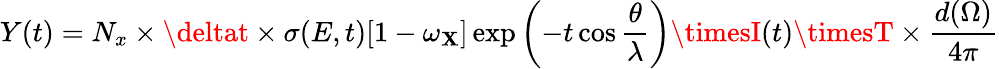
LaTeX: Y(t)=N_{x}\times\deltat\times\sigma(E,t)[1-\omega_{\mathbf{X}}]\exp\left(-t\cos{\frac{{\theta}}{{\lambda}}}\right)\timesI(t)\timesT\times{\frac{{d(\Omega)}}{{4\pi}}}